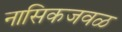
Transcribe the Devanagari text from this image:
नासिकजवळ